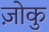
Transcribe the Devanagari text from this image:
ज़ोकु